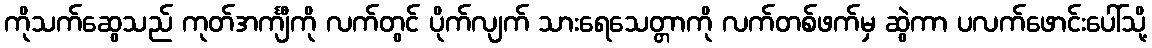
ကိုသက်ဆွေသည် ကုတ်အင်္ကျီကို လက်တွင် ပိုက်လျက် သားရေသေတ္တာကို လက်တစ်ဖက်မှ ဆွဲကာ ပလက်ဖောင်းပေါ်သို့